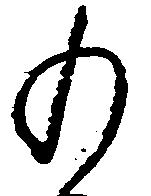
の